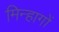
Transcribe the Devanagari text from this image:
मिन्हागों